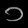
Digit: ၁